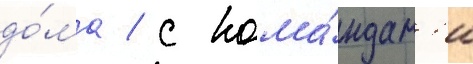
до́ма / с кома́ндам'и